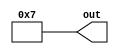
module constant_value_generator #(parameter W=32, val=7) (output [W-1:0] out);

assign out= val;

endmodule